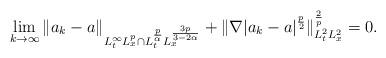
LaTeX: \begin{align*}\lim\limits_{k\rightarrow\infty}\|a_{k}-a\|_{L_{t}^{\infty}L_{x}^{p}\cap L_{t}^{\frac{p}{\alpha}}L_{x}^{\frac{3p}{3-2\alpha}}}+\|\nabla|a_{k}-a|^{\frac{p}{2}}\|^{\frac{2}{p}}_{L^{2}_{t}L^{2}_{x}}=0.\end{align*}